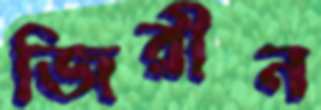
জিরীন